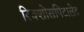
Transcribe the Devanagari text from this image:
रिक्शोसपिटालेट